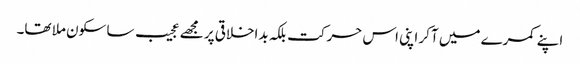
اپنے کمرے میں آکر اپنی اس حرکت بلکہ بداخلاقی پر مجھے عجیب سا سکون ملا تھا۔